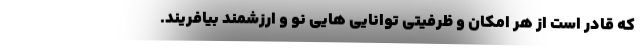
که قادر است از هر امکان و ظرفیتی توانایی هایی نو و ارزشمند بیافریند.